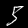
Label: 5